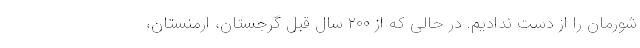
شورمان را از دست ندادیم. در حالی که از ۲۰۰ سال قبل گرجستان، ارمنستان،